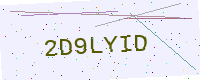
Text: 2D9LYID